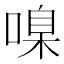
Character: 𠹑